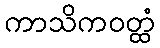
ကာသိကဝတ္ထံ